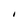
Character: i